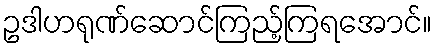
ဥဒါဟရုဏ်ဆောင်ကြည့်ကြရအောင်။